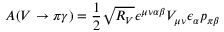
A ( V \rightarrow \pi \gamma ) = { \frac { 1 } { 2 } } \sqrt { R _ { V } } \epsilon ^ { \mu \nu \alpha \beta } V _ { \mu \nu } \epsilon _ { \alpha } p _ { \pi \beta }